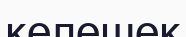
келешек